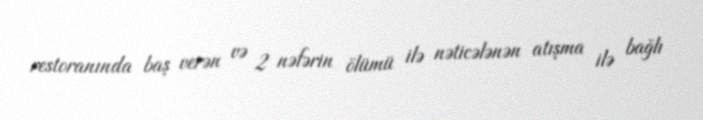
restoranında baş verən və 2 nəfərin ölümü ilə nəticələnən atışma ilə bağlı